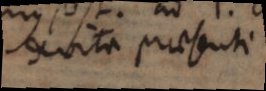
de vita praesenti